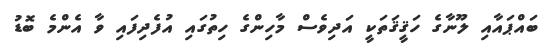
ބައްޕައާއި ލޫނާގެ ހަޤީޤަތަކީ އަދިވެސް މާހިންގެ ހިތުގައި އުފެދިފައި ވާ އެންމެ ބޮޑު